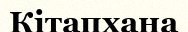
Кітапхана